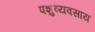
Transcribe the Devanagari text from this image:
पशुव्यवसाय